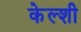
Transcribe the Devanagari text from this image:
केल्शी